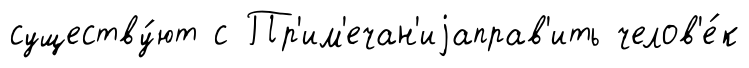
существу́ют с Пр'им'ечан'иjаправ'ить челов'е́к